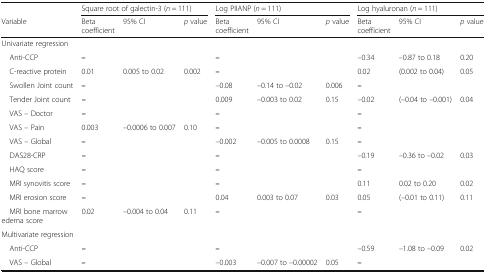
|  | <COLSPAN=3> Square root of galectin-3 (n = 111) | <COLSPAN=3> Log PIIANP (n = 111) | <COLSPAN=3> Log hyaluronan (n = 111) |
 | Variable | Beta coefficient | 95% CI | p value | Beta coefficient | 95% CI | p value | Beta coefficient | 95% CI | p value |
 | --- | --- | --- | --- | --- | --- | --- | --- | --- | --- |
 | <COLSPAN=10> Univariate regression |
 | Anti-CCP | <COLSPAN=3> – | <COLSPAN=3> – | –0.34 | –0.87 to 0.18 | 0.20 |
 | C-reactive protein | 0.01 | 0.005 to 0.02 | 0.002 | <COLSPAN=3> – | 0.02 | (0.002 to 0.04) | 0.05 |
 | Swollen Joint count | <COLSPAN=3> – | –0.08 | –0.14 to –0.02 | 0.006 | <COLSPAN=3> – |
 | Tender Joint count | <COLSPAN=3> – | 0.009 | –0.003 to 0.02 | 0.15 | –0.02 | (–0.04 to –0.001) | 0.04 |
 | VAS – Doctor | <COLSPAN=3> – | <COLSPAN=3> – | <COLSPAN=3> – |
 | VAS – Pain | 0.003 | –0.0006 to 0.007 | 0.10 | <COLSPAN=3> – | <COLSPAN=3> – |
 | VAS – Global | <COLSPAN=3> – | –0.002 | –0.005 to 0.0008 | 0.15 | <COLSPAN=3> – |
 | DAS28-CRP | <COLSPAN=3> – | <COLSPAN=3> – | –0.19 | –0.36 to –0.02 | 0.03 |
 | HAQ score | <COLSPAN=3> – | <COLSPAN=3> – | <COLSPAN=3> – |
 | MRI synovitis score | <COLSPAN=3> – | <COLSPAN=3> – | 0.11 | 0.02 to 0.20 | 0.02 |
 | MRI erosion score | <COLSPAN=3> – | 0.04 | 0.003 to 0.07 | 0.03 | 0.05 | (–0.01 to 0.11) | 0.11 |
 | MRI bone marrow edema score | 0.02 | –0.004 to 0.04 | 0.11 | <COLSPAN=3> – | <COLSPAN=3> – |
 | <COLSPAN=10> Multivariate regression |
 | Anti-CCP | <COLSPAN=3> – | <COLSPAN=3> – | –0.59 | –1.08 to –0.09 | 0.02 |
 | VAS – Global | <COLSPAN=3> – | –0.003 | –0.007 to –0.00002 | 0.05 | <COLSPAN=3> – |